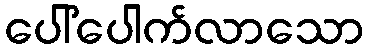
ပေါ်ပေါက်လာသော